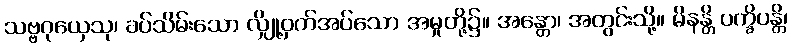
သဗ္ဗဂုယှေသု၊ ခပ်သိမ်းသော လျှို့ဝှက်အပ်သော အမှုတို့၌။ အန္တော၊ အတွင်းသို့။ မိနန္တိ ပက္ခိပန္တိ၊